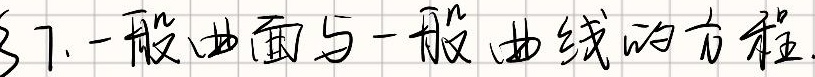
3.7. 一般曲面与一般曲线的方程.